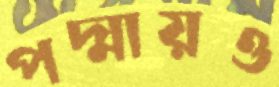
পদ্মায়ও